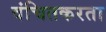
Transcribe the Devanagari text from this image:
वंचितकरता